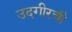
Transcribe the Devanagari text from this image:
उदगीरची